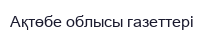
Ақтөбе облысы газеттері